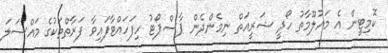
ކޮމިޓީން އެ މައުލޫމާތު ހޯދީ ޝަރީއަތް ނިމެންދެން ޕާސްޕޯޓު ހިފަހައްޓާފައިވާ ފަރާތްތަކުގެ މައްސަލަ